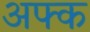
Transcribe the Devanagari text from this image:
अफ्क